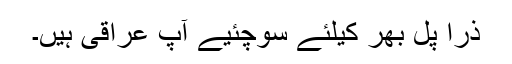
ذرا پل بھر کیلئے سوچئیے آپ عراقی ہیں۔